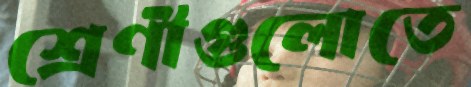
শ্রেণীগুলোতে